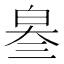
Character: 𤽫